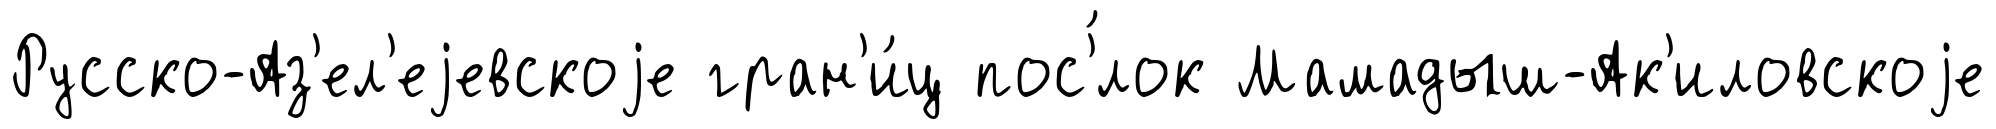
Русско-Аз'ел'еjевскоjе гран'и́ц пос'́лок Мамадыш-Ак'иловскоjе